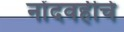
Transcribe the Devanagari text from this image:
नोंदवहीचे